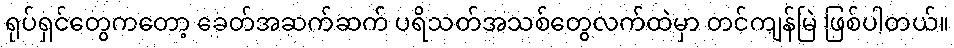
ရုပ်ရှင်တွေကတော့ ခေတ်အဆက်ဆက် ပရိသတ်အသစ်တွေလက်ထဲမှာ တင်ကျန်မြဲ ဖြစ်ပါတယ်။